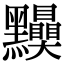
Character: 𪓆